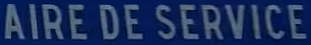
AIRE DE SERVICE